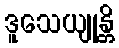
ဒူသေယျုန္တိ